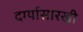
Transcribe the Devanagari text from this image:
दर्ग्यासारखी